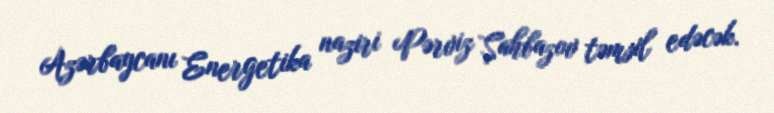
Azərbaycanı Energetika naziri Pərviz Şahbazov təmsil edəcək.